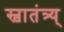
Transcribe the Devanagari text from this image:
स्वातंत्र्य्